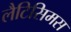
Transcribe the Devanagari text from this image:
लैटिसिमस